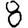
Digit: 8